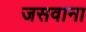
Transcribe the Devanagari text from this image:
जसवाना